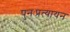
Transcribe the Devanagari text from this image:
पुनःप्रत्यायन